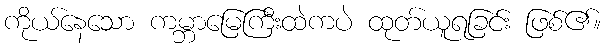
ကိုယ်နေသော ကမ္ဘာမြေကြီးထဲကပဲ ထုတ်ယူရခြင်း ဖြစ်၏။